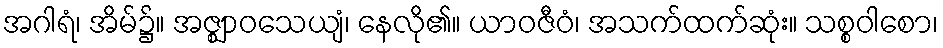
အဂါရံ၊ အိမ်၌။ အဇ္ဈာဝသေယျံ၊ နေလို၏။ ယာဝဇီဝံ၊ အသက်ထက်ဆုံး။ သစ္စဝါစော၊